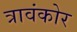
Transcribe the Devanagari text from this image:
त्रावंकोर